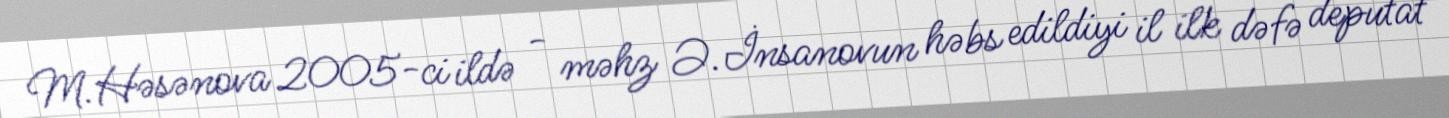
M.Həsənova 2005-ci ildə - məhz Ə.İnsanovun həbs edildiyi il ilk dəfə deputat